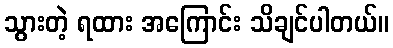
သွားတဲ့ ရထား အကြောင်း သိချင်ပါတယ်။